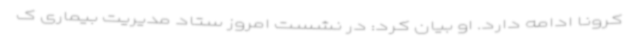
کرونا ادامه دارد. او بیان کرد: در نشست امروز ستاد مدیریت بیماری ک